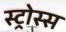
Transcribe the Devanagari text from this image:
स्ट्रोस्स